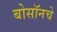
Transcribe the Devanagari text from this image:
बोसॉनचे